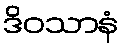
ဒိဝသာနံ